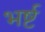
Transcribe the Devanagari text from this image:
भर्ष्ट